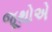
જૂથોએ